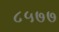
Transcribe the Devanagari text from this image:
८५७७